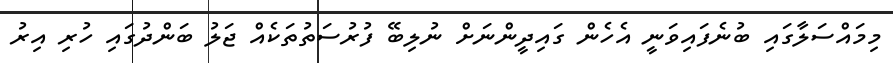
މިމައްސަލާގައި ބުނެފައިވަނީ އެހެން ގައިދީންނަށް ނުލިބޭ ފުރުސަތުތަކެއް ޖަލު ބަންދުގައި ހުރި އިރު